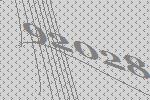
92028